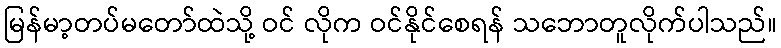
မြန်မာ့တပ်မတော်ထဲသို့ ဝင် လိုက ဝင်နိုင်စေရန် သဘောတူလိုက်ပါသည်။